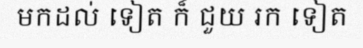
មកដល់ ទៀត ក៏ ជួយ រក ទៀត